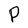
Character: P